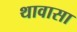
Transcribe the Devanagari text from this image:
थावासा